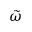
\tilde { \omega }